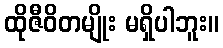
ထိုဇီဝိတမျိုး မရှိပါဘူး။